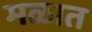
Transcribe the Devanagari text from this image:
मळात